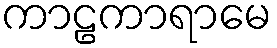
ကာဠကာရာမေ